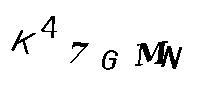
K47GMN